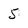
Character: 5